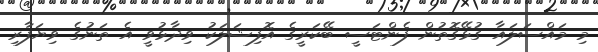
މި މައްސަލައާ ގުޅޭގޮތުން ފެންޓަސީ ބޭކަރީގެ އޮފިޝަލަކު ވިދާޅުވީ އެ ތަނުގެ ވިޔަފާރި